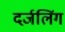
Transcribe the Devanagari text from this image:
दर्जलिंग